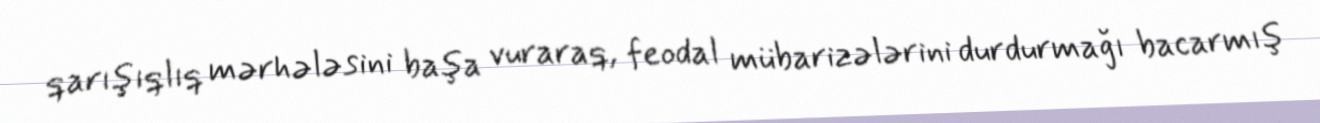
qarışıqlıq mərhələsini başa vuraraq, feodal mübarizələrini durdurmağı bacarmış